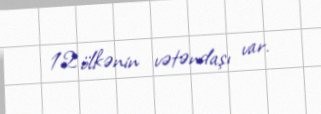
12 ölkənin vətəndaşı var.